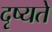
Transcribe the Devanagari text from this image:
दृष्यते